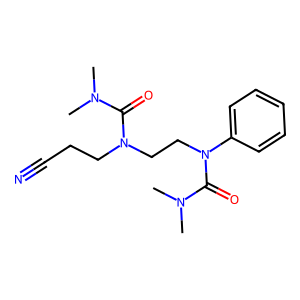
SMILES: CN(C)C(=O)N(CCC#N)CCN(C(=O)N(C)C)c1ccccc1
Inhibits HIV replication: No